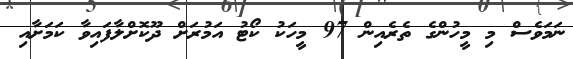
ނަމަވެސް މި މީހުންގެ ތެރެއިން 97 މީހަކު ކޯޓު އަމުރަށް ދޫކޮށްލާފައިވާ ކަމަށާއި